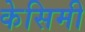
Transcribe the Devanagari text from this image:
केसिमी